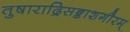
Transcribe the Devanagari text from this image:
तुषाराद्रिसङ्काशगौरम्